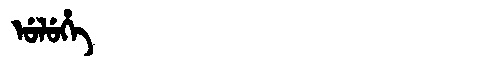
Manchu: ᡠᠯᡠᡥᡝ
Romanization: ULUHE